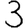
Digit: 3